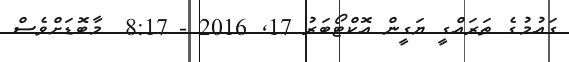
ގައުމުގެ ތަރައްގީ ޔަގީން އޮކްޓޯބަރު 17